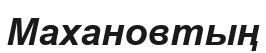
Махановтың